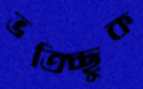
ভতিচ্ছুক